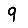
Digit: 9